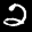
Label: 2